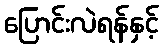
ပြောင်းလဲရန်နှင့်